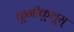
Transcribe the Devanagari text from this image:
कूनीकूलूस्